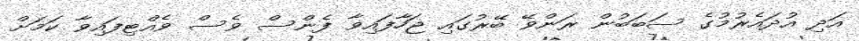
އަދި އުދައެރުމުގެ ސަބަބުން ރަންވޭ ބޭރުގައި ޖަހާފައިވާ ފެންސް ވެސް ވެއްޓިފައިވާ ކަމަށް